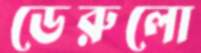
ডেরুলো